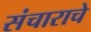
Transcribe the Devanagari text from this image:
संचाराचे